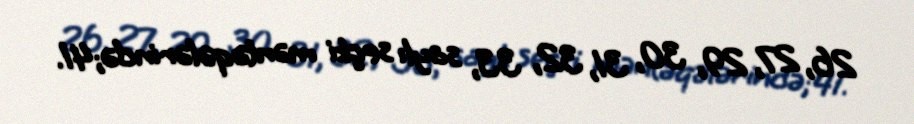
26, 27, 29, 30, 31, 32, 33, saylı seçki məntəqələrində;41.